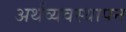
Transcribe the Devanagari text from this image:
अर्थव्यवस्थापन